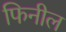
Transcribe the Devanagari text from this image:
फिनील